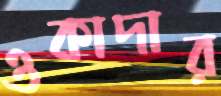
ওকাদার